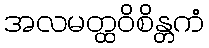
အလမတ္ထဝိစိန္တကံ